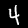
Digit: 4